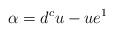
LaTeX: \begin{align*}\alpha=d^cu-ue^1\end{align*}